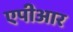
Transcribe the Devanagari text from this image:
एपीआर